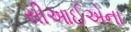
સીઆઈએના